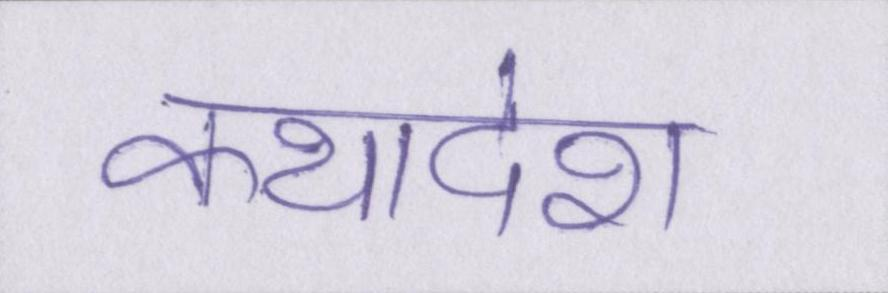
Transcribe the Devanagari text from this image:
कथादेश